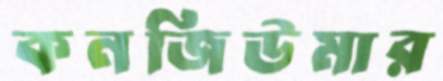
কনজিউমার